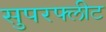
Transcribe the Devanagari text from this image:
सुपरफ्लीट